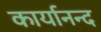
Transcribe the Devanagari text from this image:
कार्यानन्द